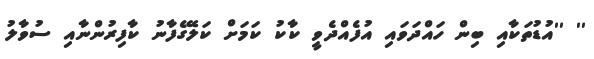
'' ''އުޑުތަކާއި ބިން ހައްދަވައި އުފެއްދެވީީ ކާކު ކަމަށް ކަލޭގެފާނު ކާފިރުންނާއި ސުވާލު